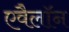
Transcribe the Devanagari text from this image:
एवैलॉन